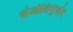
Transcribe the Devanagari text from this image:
लेओलिगुलोर